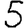
Digit: 5